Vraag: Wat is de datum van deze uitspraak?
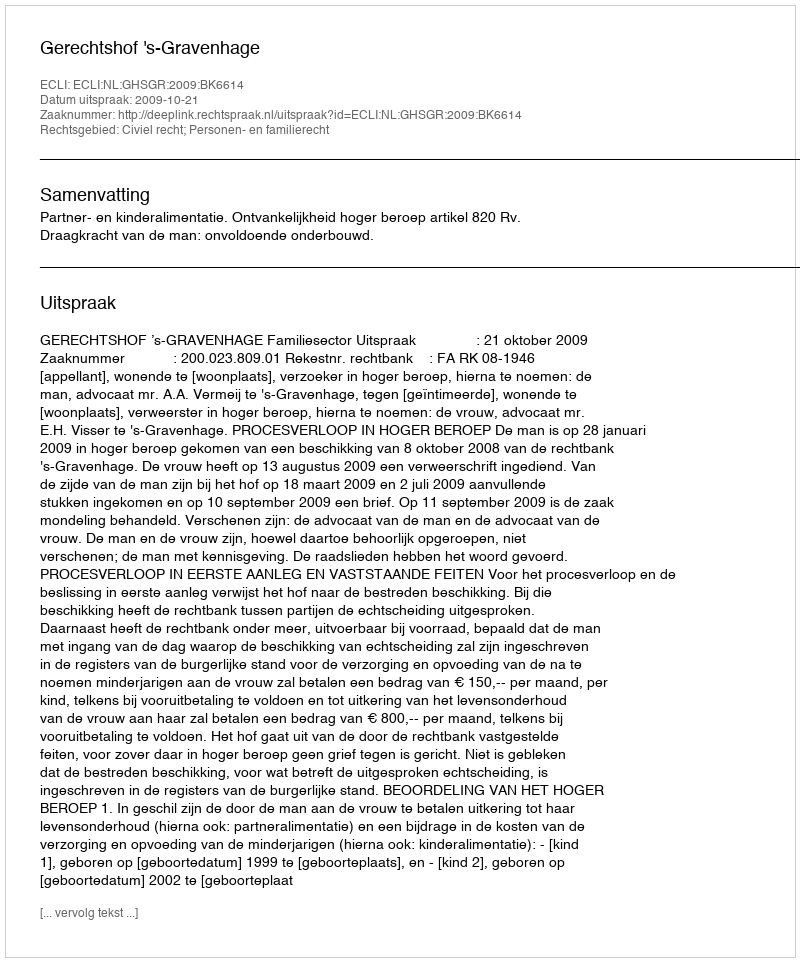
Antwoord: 2009-10-21